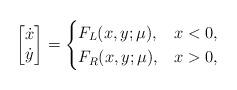
LaTeX: \begin{align*}\begin{bmatrix} \dot{x} \\ \dot{y} \end{bmatrix} =\begin{cases} F_L(x,y;\mu), & x < 0, \\ F_R(x,y;\mu), & x > 0, \end{cases}\end{align*}